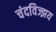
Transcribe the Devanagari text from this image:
चंदविज्झय